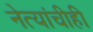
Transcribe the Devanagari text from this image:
नेत्यांचीही